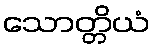
သောတ္တိယံ